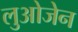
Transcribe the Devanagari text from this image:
लुओजेन